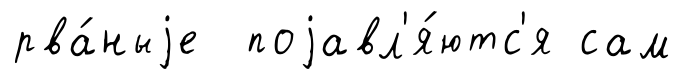
рва́ныjе поjавл'я́ютс'я сам